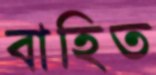
বাহিত